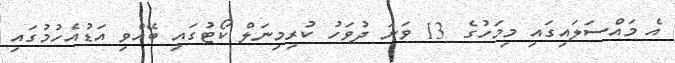
އެ މައްސަލައިގައި މިމަހުގެ 13 ވަނަ ދުވަހު ކުރިމިނަލް ކޯޓުގައި ބޭއްވި އަޑުއެހުމުގައި